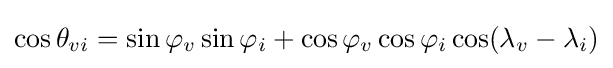
\cos \theta _{vi}=\sin \varphi _{v}\sin \varphi _{i}+\cos \varphi _{v}\cos \varphi _{i}\cos(\lambda _{v}-\lambda _{i})